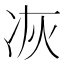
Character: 𠗇